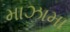
માઝામા